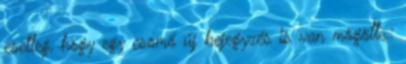
esetleg, hogy egy csomó új bejegyzés is van mögötte.: